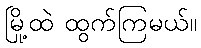
မြို့ထဲ ထွက်ကြမယ်။